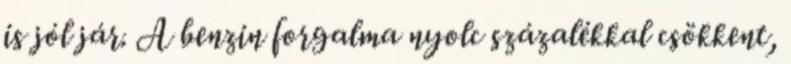
is jól jár. A benzin forgalma nyolc százalékkal csökkent,